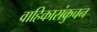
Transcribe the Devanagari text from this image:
वाहिकासंकुचन